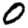
Digit: 0